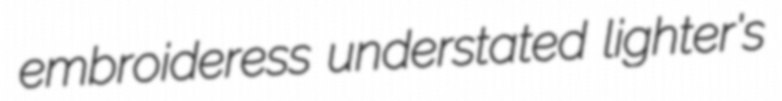
embroideress understated lighter's